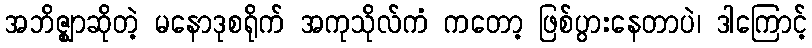
အဘိဇ္ဈာဆိုတဲ့ မနောဒုစရိုက် အကုသိုလ်ကံ ကတော့ ဖြစ်ပွားနေတာပဲ၊ ဒါကြောင့်